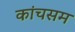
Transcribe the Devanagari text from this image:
कांचसम